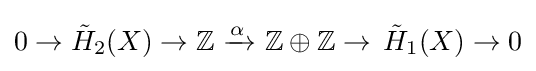
0\rightarrow {\tilde {H}}_{2}(X)\rightarrow \mathbb {Z} \ {\xrightarrow {\overset {}{\alpha }}}\ \mathbb {Z} \oplus \mathbb {Z} \rightarrow \,{\tilde {H}}_{1}(X)\rightarrow 0